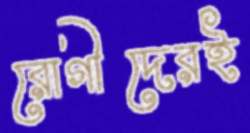
রোগীদেরই